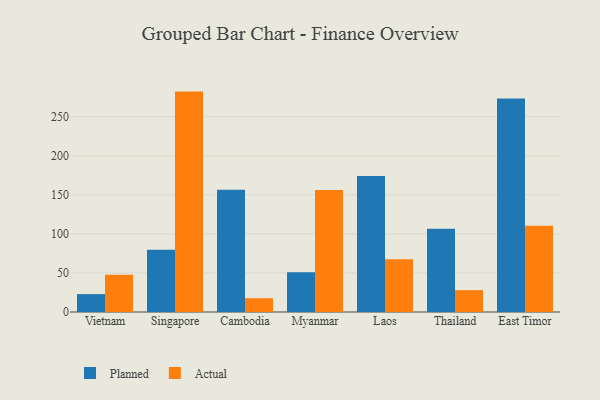
{"axis": {"x": "Country", "y": "Bounce Rate (%)"}, "legend": ["Actual", "Planned"], "data": [{"x": "Vietnam", "y": 22.9, "type": "Planned"}, {"x": "Vietnam", "y": 47.7, "type": "Actual"}, {"x": "Singapore", "y": 79.8, "type": "Planned"}, {"x": "Singapore", "y": 282.2, "type": "Actual"}, {"x": "Cambodia", "y": 156.5, "type": "Planned"}, {"x": "Cambodia", "y": 17.7, "type": "Actual"}, {"x": "Myanmar", "y": 50.9, "type": "Planned"}, {"x": "Myanmar", "y": 156.1, "type": "Actual"}, {"x": "Laos", "y": 174.1, "type": "Planned"}, {"x": "Laos", "y": 67.6, "type": "Actual"}, {"x": "Thailand", "y": 106.7, "type": "Planned"}, {"x": "Thailand", "y": 28.0, "type": "Actual"}, {"x": "East Timor", "y": 273.5, "type": "Planned"}, {"x": "East Timor", "y": 110.4, "type": "Actual"}]}